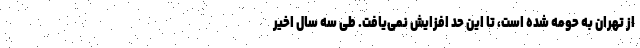
از تهران به حومه شده است، تا این حد افزایش نمی‌‌یافت. طی سه سال اخیر